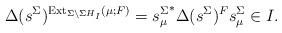
LaTeX: \begin{align*}\Delta(s^\Sigma)^{\mathrm{Ext}_{\Sigma\setminus \Sigma H_I}(\mu;F)}={s_\mu^\Sigma}^*\Delta(s^\Sigma)^F s_\mu^{\Sigma}\in I.\end{align*}